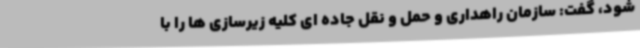
شود، گفت: سازمان راهداری و حمل و نقل جاده ای کلیه زیرسازی ها را با